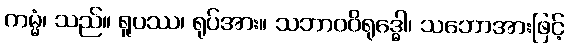
ကမ္မံ၊ သည်။ ရူပဿ၊ ရုပ်အား။ သဘာဝဝိရုဒ္ဓေါ၊ သဘောအားဖြင့်